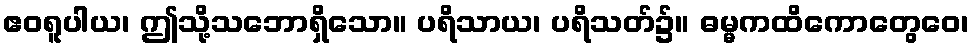
ဧဝရူပါယ၊ ဤသို့သဘောရှိသော။ ပရိသာယ၊ ပရိသတ်၌။ ဓမ္မကထိကောတွေဝေ၊